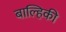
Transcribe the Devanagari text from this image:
बाल्हिकी